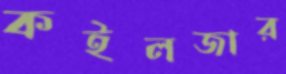
কইলজার